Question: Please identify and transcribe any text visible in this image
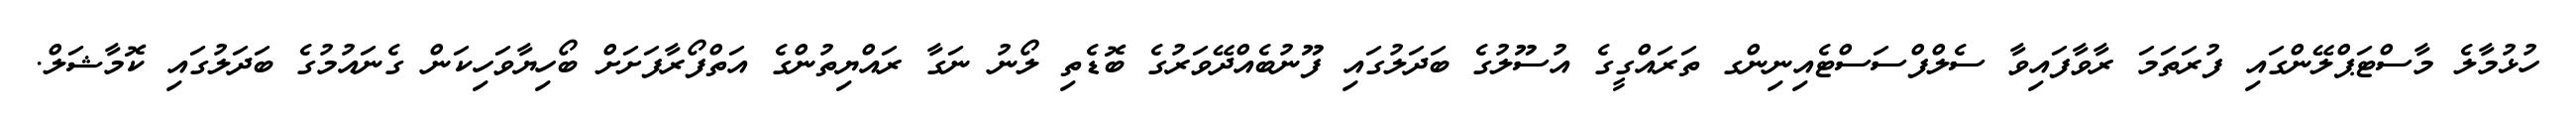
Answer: ހުޅުމާލެ މާސްޓަޕްލޭންގައި ފުރަތަމަ ރާވާފައިވާ ސެލްފްސަސްޓެއިނިންގ ތަރައްގީގެ އުސޫލުގެ ބަދަލުގައި ފޫނުބެއްދޭވަރުގެ ބޮޑެތި ލޯނު ނަގާ ރައްޔިތުންގެ އަތްފޯރާފަށަށް ބޯހިޔާވަހިކަން ގެނައުމުގެ ބަދަލުގައި ކޮމާޝަލް.